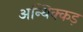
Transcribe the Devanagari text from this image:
अन्थिक्कड़